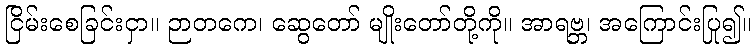
ငြိမ်းစေခြင်းငှာ။ ဉာတကေ၊ ဆွေတော် မျိုးတော်တို့ကို။ အာရဗ္ဘ၊ အကြောင်းပြု၍။